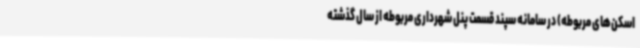
اسکن‌های مربوطه) در سامانه سپند قسمت پنل شهرداری مربوطه از سال گذشته